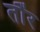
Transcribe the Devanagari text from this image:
तौंर